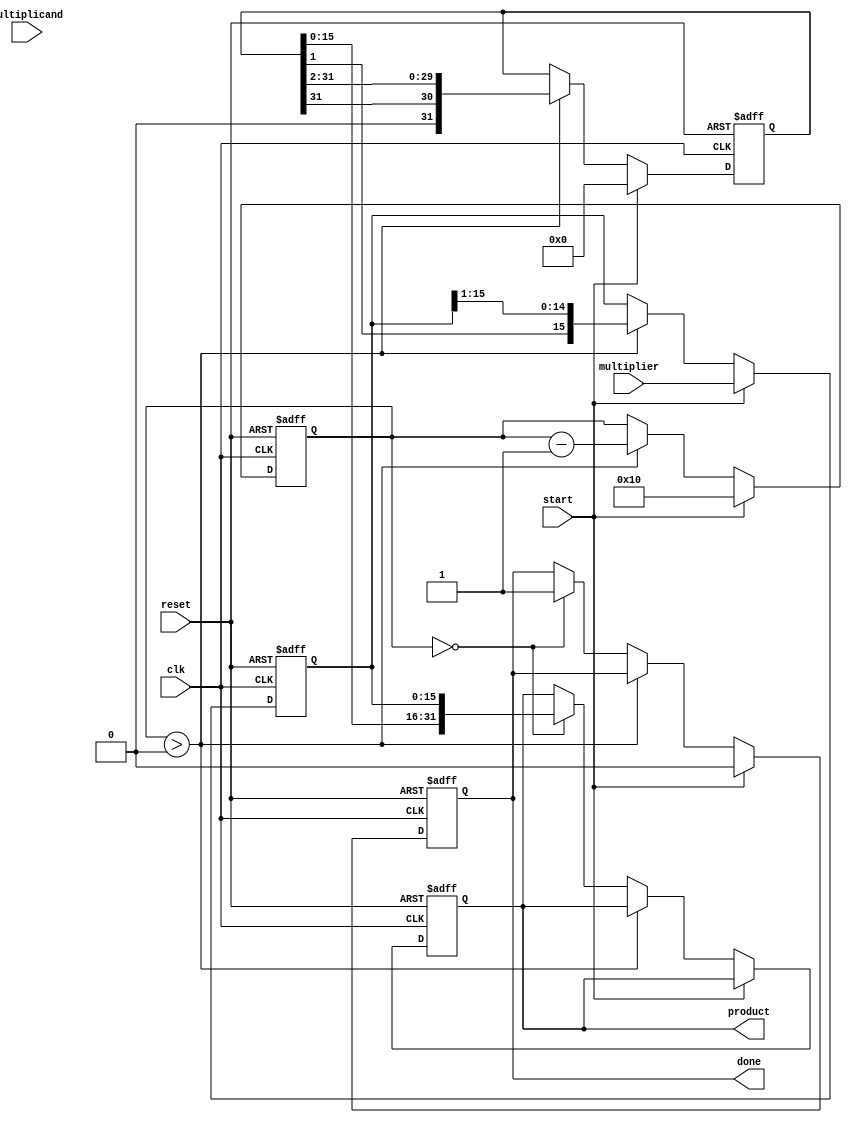
module BoothMultiplier(
    input wire clk,
    input wire reset,
    input wire start,
    input wire signed [15:0] multiplicand,  // A
    input wire signed [15:0] multiplier,     // Q
    output reg signed [31:0] product,        // Final Product
    output reg done
);

    reg signed [15:0] A;         // Multiplicand
    reg signed [15:0] Q;         // Multiplier
    reg Q_1;                     // Previous bit of Q
    reg signed [31:0] M;         // Accumulator
    reg [4:0] count;            // Bit counter

    always @(posedge clk or posedge reset) begin
        if (reset) begin
            A <= 0;
            Q <= 0;
            Q_1 <= 0;
            M <= 0;
            count <= 0;
            product <= 0;
            done <= 0;
        end
        else if (start) begin
            // Initialize registers on start
            A <= multiplicand;
            Q <= multiplier;
            Q_1 <= 0;
            M <= 0;
            count <= 16;  // Assuming 16-bit multiplier
            done <= 0;
        end
        else if (count > 0) begin
            // Booth's algorithm operations
            case ({Q[0], Q_1}) // Checking Q0 and Q-1
                2'b01: begin // Add A to M
                    M <= M + A;
                end
                2'b10: begin // Subtract A from M
                    M <= M - A;
                end
                default: begin // No Operation
                    M <= M;
                end
            endcase
            
            // Right shift M and Q
            {M, Q} <= {M[31], M[31:1], Q[15:1]}; // Right shift, using arithmetic shift
            Q_1 <= Q[0]; // Update Q-1 to current Q0
            
            // Decrement count
            count <= count - 1;
        end
        else if (count == 0) begin
            product <= {M, Q}; // Final product formed
            done <= 1; // Indicate that calculation is done
        end
    end
endmodule